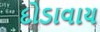
દોડાવાય